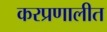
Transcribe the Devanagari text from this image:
करप्रणालीत